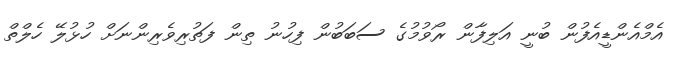
އެމްއެންޑީއެފުން ބުނީ އަލިފާން ރޯވުމުގެ ސަބަބުން ފިހުނު ތިން ފަތުރިވެރިންނަށް ހުޅުލޭ ހެލްތް